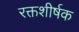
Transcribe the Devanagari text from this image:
रक्तशीर्षक